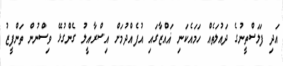
އަދި ފަލަސްތީނުގެ ދައުލަތެއް ހަމައެކަނި ޣައްޒާގައި އުފެއްދުމަށް އިސްރާއީލު ގެންގުޅޭ ވިސްނުން ތަންފީޒު